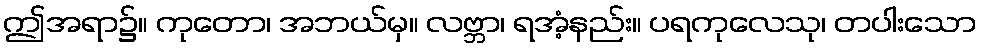
ဤအရာ၌။ ကုတော၊ အဘယ်မှ။ လဗ္ဘာ၊ ရအံ့နည်း။ ပရကုလေသု၊ တပါးသော